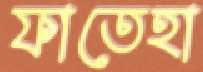
ফাতেহা